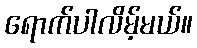
ရောက်ပါလိမ့်မယ်။